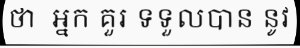
ថា  អ្នក គួរ ទទួលបាន នូវ